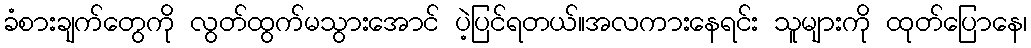
ခံစားချက်တွေကို လွတ်ထွက်မသွားအောင် ပဲ့ပြင်ရတယ်။အလကားနေရင်း သူများကို ထုတ်ပြောနေ၊